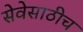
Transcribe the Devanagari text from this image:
सेवेसाठीच